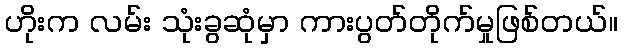
ဟိုးက လမ်း သုံးခွဆုံမှာ ကားပွတ်တိုက်မှုဖြစ်တယ်။